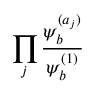
\prod _ { j } { \frac { \psi _ { b } ^ { ( a _ { j } ) } } { \psi _ { b } ^ { ( 1 ) } } }